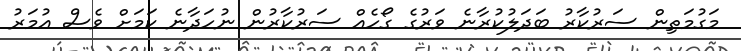
މަގުމަތިން ސަރުކާރު ބަދަލުކުރާނެ ވަރުގެ ގޯހެއް ސަރުކާރުން ނުހަދާނެ ކަމަށް ވެސް އުމަރު